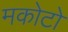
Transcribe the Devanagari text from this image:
मकोटो